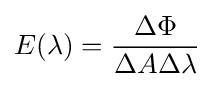
E(\lambda )={\frac {\Delta \Phi }{\Delta A\Delta \lambda }}